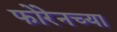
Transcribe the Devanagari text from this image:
फोरेनच्या